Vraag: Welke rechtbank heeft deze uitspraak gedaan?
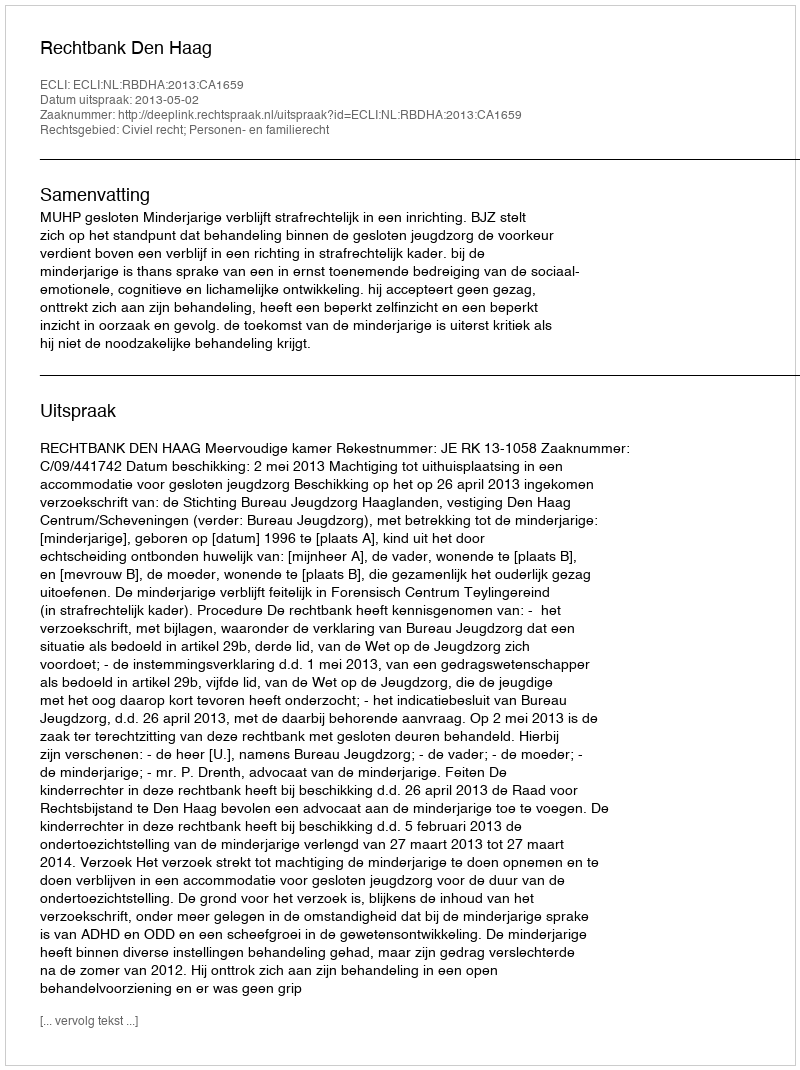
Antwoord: Rechtbank Den Haag